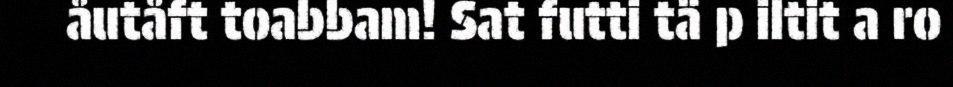
åutåft toabbam! Sat futti tä p iltit a ro